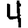
Digit: 4